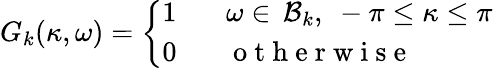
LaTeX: G_{k}(\kappa,\omega)=\left\{ \begin{array}{ll}{1\ \ \ }&{\omega\in\, \mathcal{B}_{k},\ -\pi\leq\kappa\leq\pi}\\ {0\ \ }&{\mathrm{~o~t~h~e~r~w~i~s~e~}}\end{array}\right.